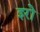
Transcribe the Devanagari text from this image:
इरो